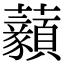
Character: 𧅙